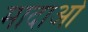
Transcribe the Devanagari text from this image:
मादाओ